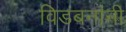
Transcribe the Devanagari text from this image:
विडंबनांनी